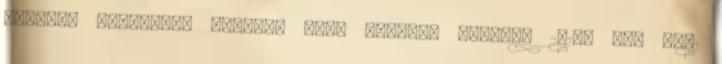
előadás letöltése folymat van. Kérjük, várjon. 2015. 07. 30.1